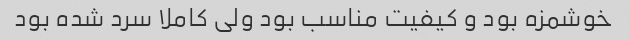
خوشمزه بود و کیفیت مناسب بود ولی کاملا سرد شده بود